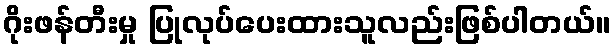
ဂိုးဖန်တီးမှု ပြုလုပ်ပေးထားသူလည်းဖြစ်ပါတယ်။